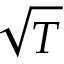
\sqrt { T }